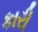
કારી